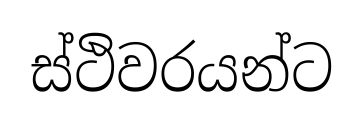
ස්ථිවරයන්ට